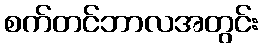
စက်တင်ဘာလအတွင်း